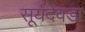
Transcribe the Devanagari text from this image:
सूर्यदेवड़ा